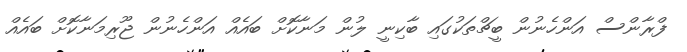
ފްރާންސް އަންހެނުން ބީޗްތަކުގައި ބާކިނީ ލުން މަނާކޮށް ބައެއް އަންހެނުން ޖޫރިމަނާކޮށް ބައެއް